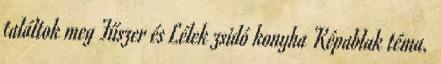
találtok meg Fűszer és Lélek zsidó konyha Képablak téma.